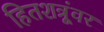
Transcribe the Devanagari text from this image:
हितशत्रूंवर